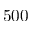
5 0 0